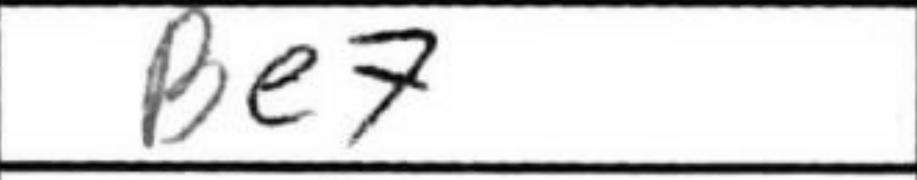
Transcription: Be7